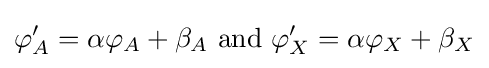
\varphi '_{A}=\alpha \varphi _{A}+\beta _{A}{\text{ and }}\varphi '_{X}=\alpha \varphi _{X}+\beta _{X}